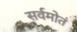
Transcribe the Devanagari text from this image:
सर्वमोतं